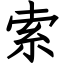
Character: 索